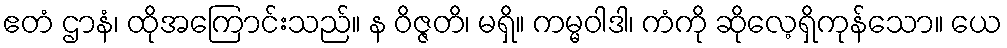
ဧတံ ဌာနံ၊ ထိုအကြောင်းသည်။ န ဝိဇ္ဇတိ၊ မရှိ။ ကမ္မဝါဒါ၊ ကံကို ဆိုလေ့ရှိကုန်သော။ ယေ